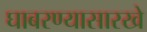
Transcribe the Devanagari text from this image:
घाबरण्यासारखे